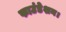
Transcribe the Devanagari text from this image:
फाउंडेशन।